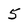
Character: 5